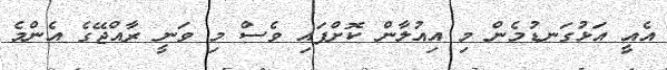
އެއީ އަޅުގަނޑުމެން މި އިއުލާން ކޮށްފައި ވެސް މި ވަނީ ރާއްޖޭގެ އެންމެ